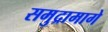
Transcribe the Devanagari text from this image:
समुद्रामागे